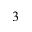
^ { 3 }